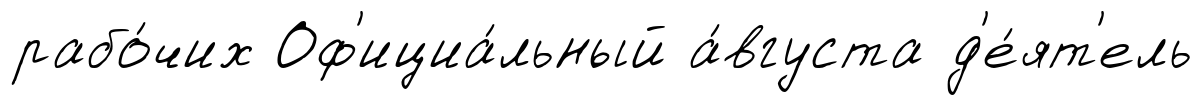
рабо́чих Оф'ициа́льный а́вгуста д'е́ят'ель